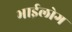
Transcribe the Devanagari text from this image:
भाईलोग